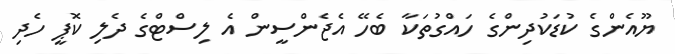
ޔޫއެންގެ ކުޑަކުދިންގެ ހައްގުތަކާ ބެހޭ އެޖެންސީން އެ ލިސްޓްގެ ދެލި ކޮޕީ ހެދި